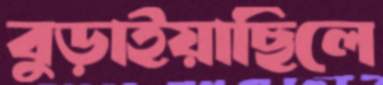
বুড়াইয়াছিলে